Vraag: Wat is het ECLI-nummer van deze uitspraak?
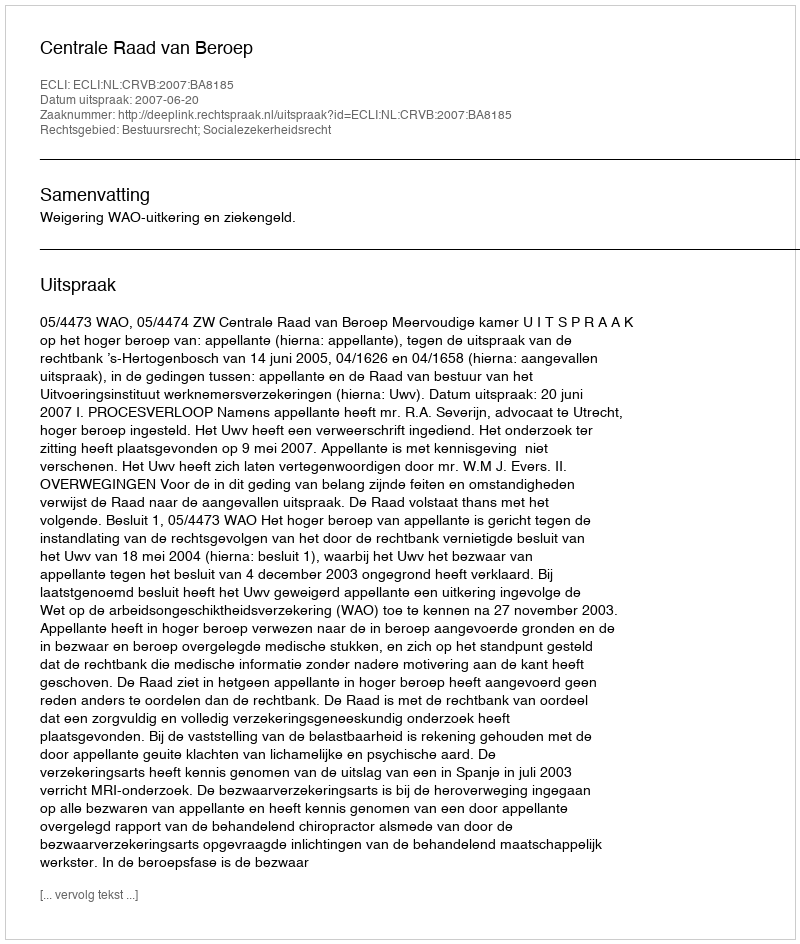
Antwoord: ECLI:NL:CRVB:2007:BA8185